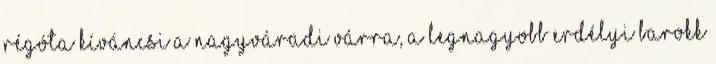
Régóta kíváncsi a nagyváradi várra, a legnagyobb erdélyi barokk